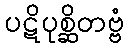
ပဋိပုစ္ဆိတဗ္ဗံ